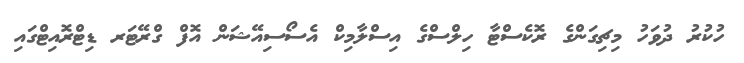
ހުކުރު ދުވަހު މިޗިގަންގެ ރޮކެސްޓާ ހިލްސްގެ އިސްލާމިކް އެސޯސިއޭޝަން އޮފް ގްރޭޓަރ ޑިޓްރޮއިޓްގައި